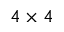
4 \times 4